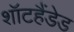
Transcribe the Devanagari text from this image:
शॉटहैंडेड